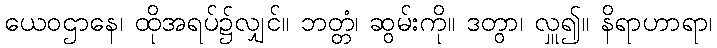
ယေဝဌာနေ၊ ထိုအရပ်၌လျှင်။ ဘတ္တံ၊ ဆွမ်းကို။ ဒတွာ၊ လှူ၍။ နိရာဟာရာ၊